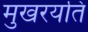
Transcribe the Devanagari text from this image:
मुखरयति